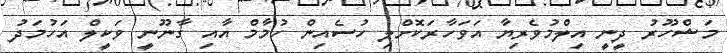
މަޝްހޫރު ދީނީ އިލްމުވެރިޔާ އަވަހާރަކޮށްލި ހުސެއިން ހުމާމް އާއި ގާނޫނީ ވަކީލް އަހުމަދު